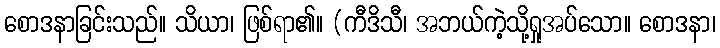
စောဒနာခြင်းသည်။ သိယာ၊ ဖြစ်ရာ၏။ (ကီဒိသီ၊ အဘယ်ကဲ့သို့ရှုအပ်သော။ စောဒနာ၊